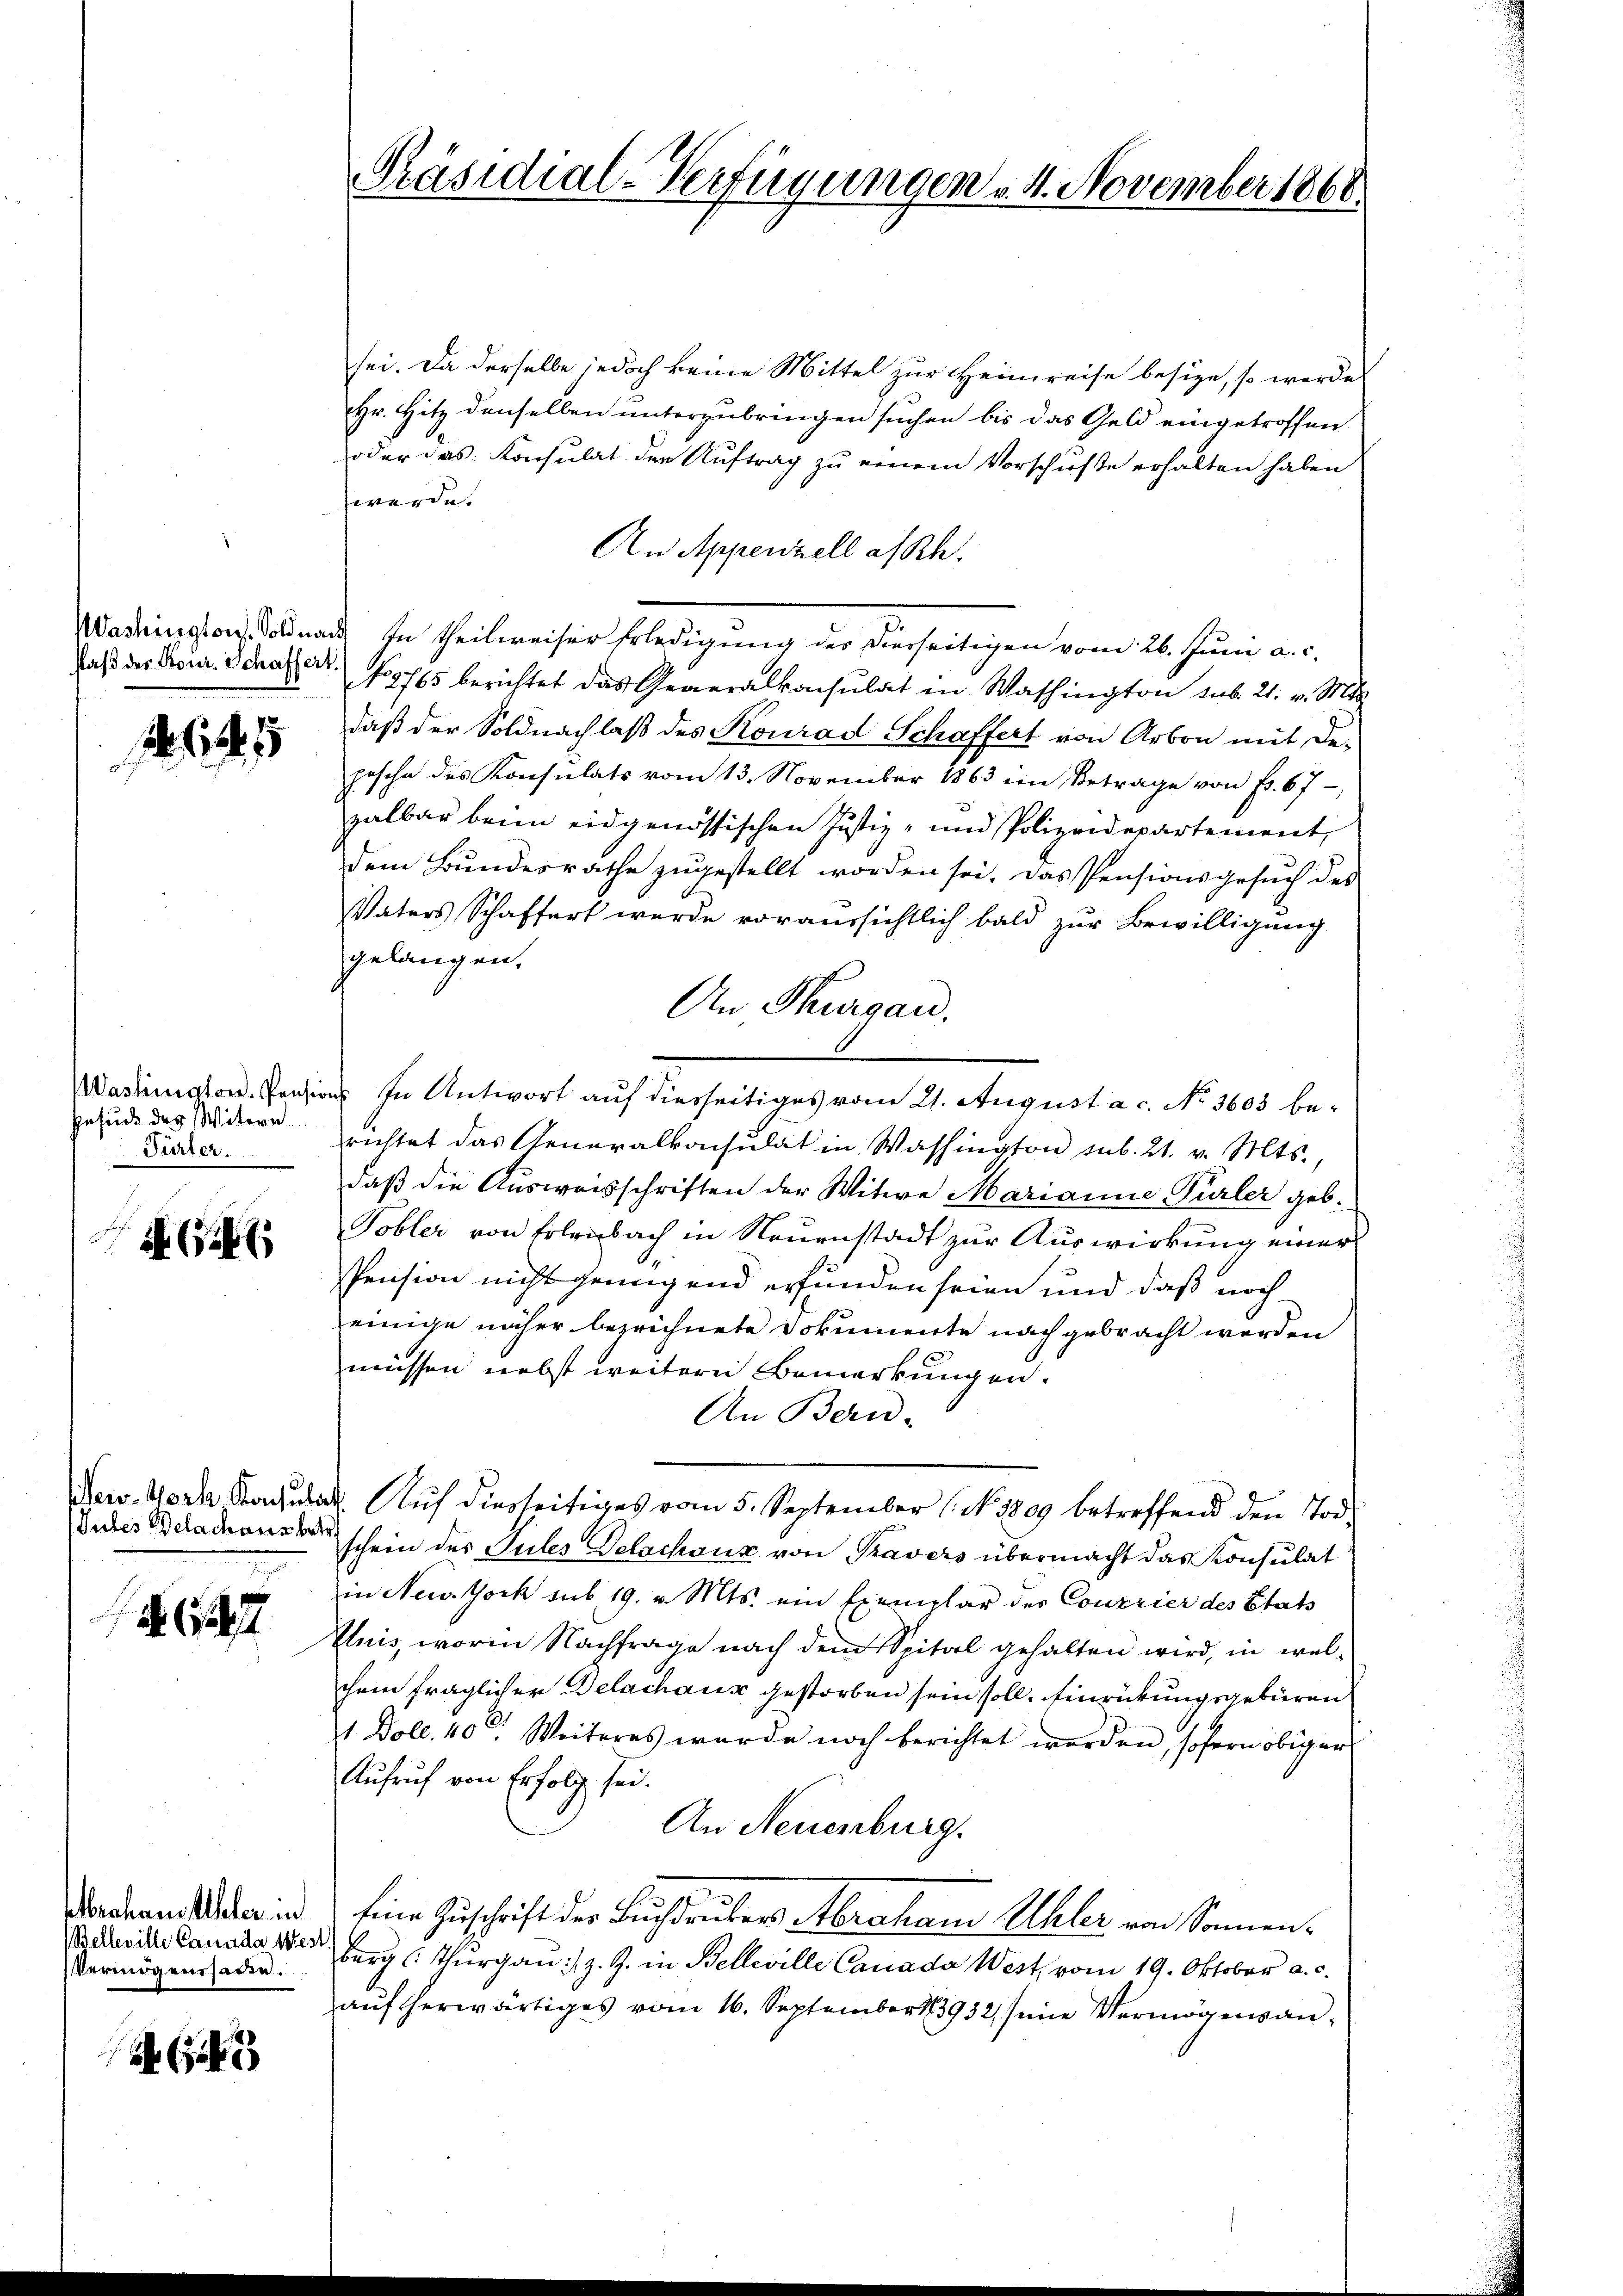
.

Gesuch des Witern
Pürter.

6

Jules Belachaus betr.
 247

Belleville Canada West
Vermögenssaden.

sei. Da derselbe jedoch keine Mittel zur Heimreise besize, so werde
Hr. Hitz denselben unterzubringen suchen bis das Geld eingetroffen
oder das Konsulat der Auftrag zu einem Vorschuße erhalten haben
werde.
An Appenzell a/Rh.
Washington Soldnach In theilweiser Erledigung des Dierseitigen vom 26. Juni a. c.
daß der Feuer. Schaft. No 1765 berichtet das Generalkonsulat in Washington sub. 21. v. Mts.
daß der Soldnachlaß des Konrad Schaffert von Arbon mit De-
posche des Konsulats vom 13. November 1863 im Betrage von Fr. 67
zalbar beim eidgenössischen Justiz- und Polizeidepartement,
dem Bundesrathe zugestellt worden sei. Das Pensionsgesuch des
VVaters Schaffert werde voraussichtlich bald zur Bewilligung
gelangen.
An Thurgau.
Martinaton. Pension In Antwort auf diesseitiges vom 21. Augusta c. No. 3603 berichtet das Generalkonsulat in Washington sub. 21. v. Mts.,
daß die Ausweisschriften der Witwe Marianne Türler geb.
Tobler von Erlenbach in Neuenstadt zur Auswirkung einer
Pension nicht genügend erfunden seien und daß noch
einige näher bezeichnete Dokumente nach gebracht werden
müssen nebst weitere Bemerkungen.
An Bern-
Fewv. Vork Ragulat. Auf diesseitiges vom 5. September (No. 1809 betreffend den Todschein des Gutes Delachanz von Travers übermacht das Konsulat
in New-York sub 19. v. Mts. ein Exemplar des Conzrier des Etats
Eluis, worin Nachfrage nach dem Spital gehalten wird, in welchem fraglicher Delachaus gestorben sein soll. Einrückungsgebüren
1 Doll. 40. Weiteres wurde noch berichtet werden, sofern obiger
Aufruf von Erfolg sei.
An Neuenburg.
Wandern Weber in Eine Zuschrift der Buchdrübers Abraham Ahler von Sonnenburg (Thurgau: z. Z. in Belleville Canada West, vom 19. Oktober a. c.
auf herwärtiges vom 16. September 183932, seine Vermögensan¬

Präsidial-Verfügungen 4. November 1868.